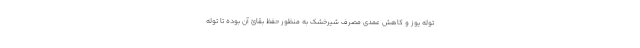
توله یوز و کاهش عمدی مصرف شیرخشک‌ به منظور حفظ بقائ آن بوده تا توله